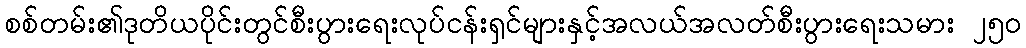
စစ်တမ်း၏ဒုတိယပိုင်းတွင်စီးပွားရေးလုပ်ငန်းရှင်များနှင့်အလယ်အလတ်စီးပွားရေးသမား ၂၅၀